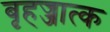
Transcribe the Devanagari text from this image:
बृहज्जात्क